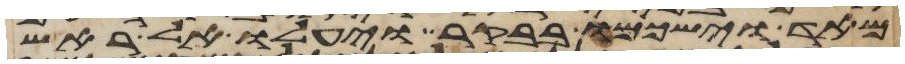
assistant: מאד וישכמו בבקר ויעלו אל ראש